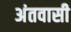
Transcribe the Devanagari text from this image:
अंतवासी